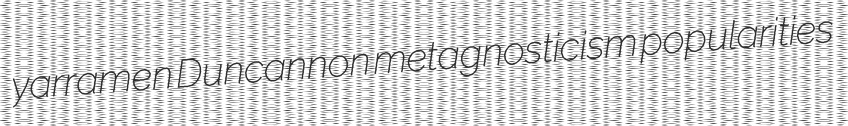
yarramen Duncannon metagnosticism popularities